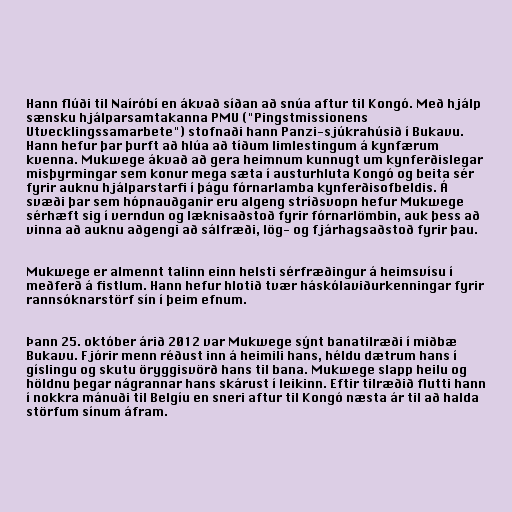
Hann flúði til Naíróbí en ákvað síðan að snúa aftur til Kongó. Með hjálp
sænsku hjálparsamtakanna PMU ("Pingstmissionens
Utvecklingssamarbete") stofnaði hann Panzi-sjúkrahúsið í Bukavu.
Hann hefur þar þurft að hlúa að tíðum limlestingum á kynfærum
kvenna. Mukwege ákvað að gera heimnum kunnugt um kynferðislegar
misþyrmingar sem konur mega sæta í austurhluta Kongó og beita sér
fyrir auknu hjálparstarfi í þágu fórnarlamba kynferðisofbeldis. Á
svæði þar sem hópnauðganir eru algeng stríðsvopn hefur Mukwege
sérhæft sig í verndun og læknisaðstoð fyrir fórnarlömbin, auk þess að
vinna að auknu aðgengi að sálfræði, lög- og fjárhagsaðstoð fyrir þau.

Mukwege er almennt talinn einn helsti sérfræðingur á heimsvísu í
meðferð á fistlum. Hann hefur hlotið tvær háskólaviðurkenningar fyrir
rannsóknarstörf sín í þeim efnum.

Þann 25. október árið 2012 var Mukwege sýnt banatilræði í miðbæ
Bukavu. Fjórir menn réðust inn á heimili hans, héldu dætrum hans í
gíslingu og skutu öryggisvörð hans til bana. Mukwege slapp heilu og
höldnu þegar nágrannar hans skárust í leikinn. Eftir tilræðið flutti hann
í nokkra mánuði til Belgíu en sneri aftur til Kongó næsta ár til að halda
störfum sínum áfram.